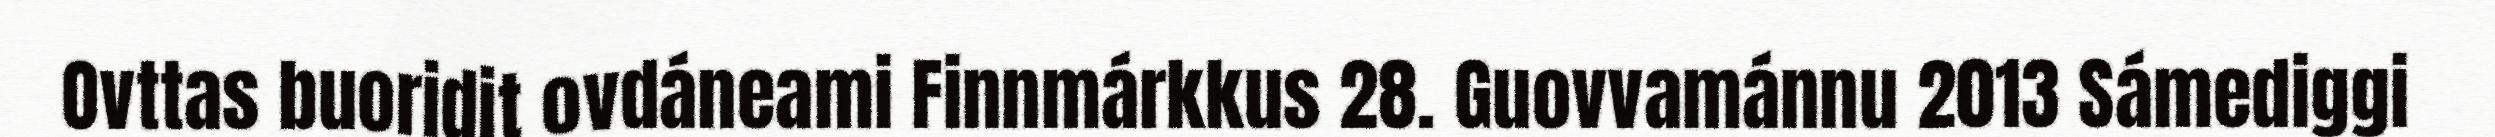
Ovttas buoridit ovdáneami Finnmárkkus 28. Guovvamánnu 2013 Sámediggi